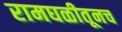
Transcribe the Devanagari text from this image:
रामघळीतूनच